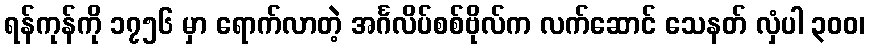
ရန်ကုန်ကို ၁၇၅၆ မှာ ရောက်လာတဲ့ အင်္ဂလိပ်စစ်ဗိုလ်က လက်ဆောင် သေနတ် လှံပါ ၃၀၀၊